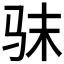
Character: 𮹅